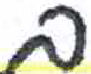
אות: ם